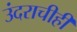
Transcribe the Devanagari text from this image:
उंदराचीही